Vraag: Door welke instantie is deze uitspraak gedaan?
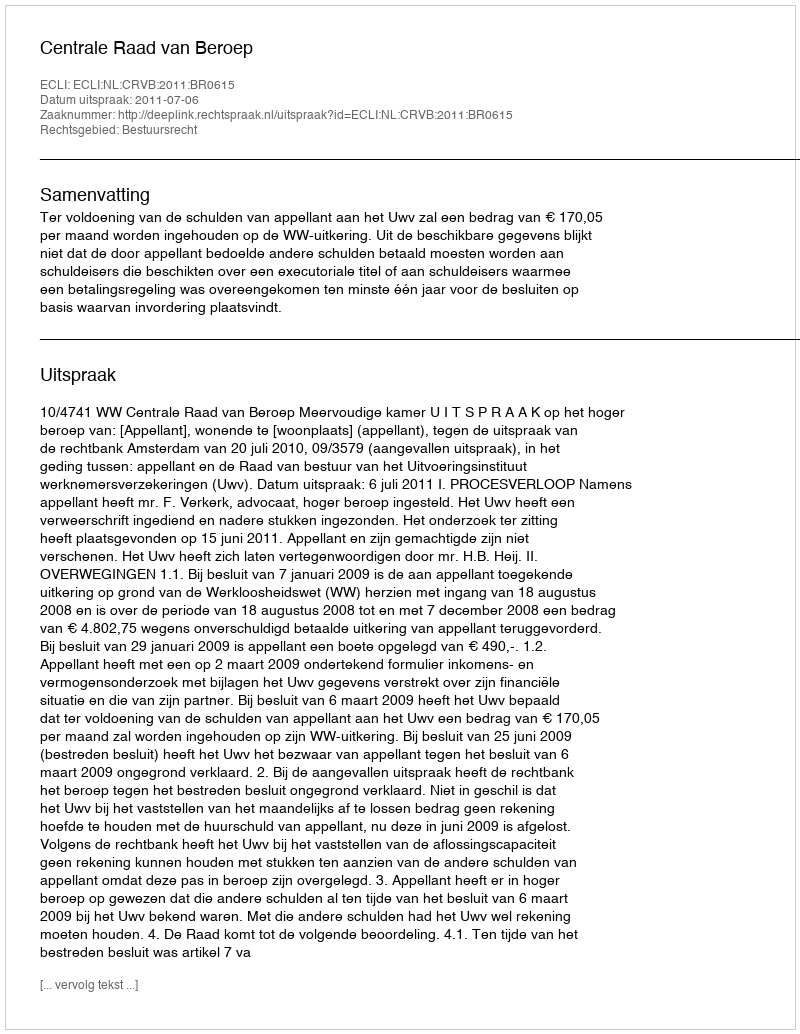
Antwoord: Centrale Raad van Beroep